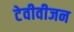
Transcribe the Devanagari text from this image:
टेवीवीजन